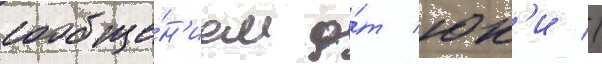
сообще́н'ием о́т юк'и //